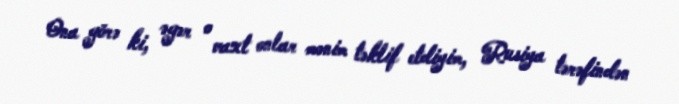
Ona görə ki, əgər o vaxt onlar mənim təklif etdiyim, Rusiya tərəfindən